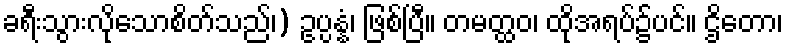
ခရီးသွားလိုသောစိတ်သည်၊) ဥပ္ပန္နံ၊ ဖြစ်ပြီ။ တမတ္ထဝ၊ ထိုအရပ်၌ပင်။ ဌိတော၊